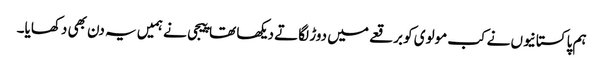
ہم پاکستانیوں نے کب مولوی کو برقعے میں دوڑ لگاتے دیکھا تھا پیجی نے ہمیں یہ دن بھی دکھایا۔